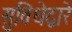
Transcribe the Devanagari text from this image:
सुविधेद्वारे